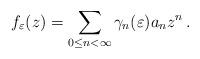
LaTeX: \begin{align*}f_{\varepsilon}(z)=\sum\limits_{0\leq{}n<\infty}\gamma_n(\varepsilon)a_nz^n\,.\end{align*}